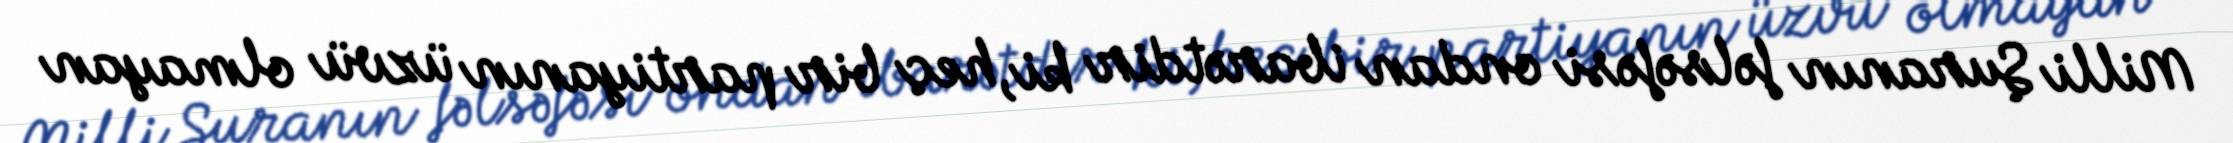
Milli Şuranın fəlsəfəsi ondan ibarətdir ki, heç bir partiyanın üzvü olmayan